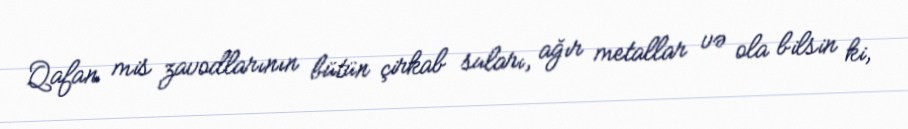
Qafan mis zavodlarının bütün çirkab suları, ağır metallar və ola bilsin ki,